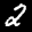
Label: 2